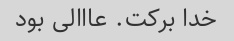
خدا برکت. عااالی بود